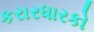
કરારધારકો